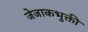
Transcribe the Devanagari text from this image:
जेजाकभुक्ती